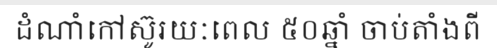
ដំណាំកៅស៊ូរយៈពេល ៥០ឆ្នាំ ចាប់តាំងពី